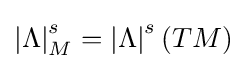
\left|\Lambda \right|_{M}^{s}=\left|\Lambda \right|^{s}(TM)